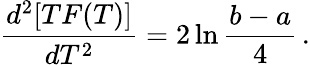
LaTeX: \frac{d^{2}[TF(T)]}{dT^{2}}=2\ln\frac{b-a}{4}\, .